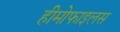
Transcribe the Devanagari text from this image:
हीमोफाइलस